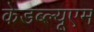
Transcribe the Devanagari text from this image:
केडब्ल्यूएम